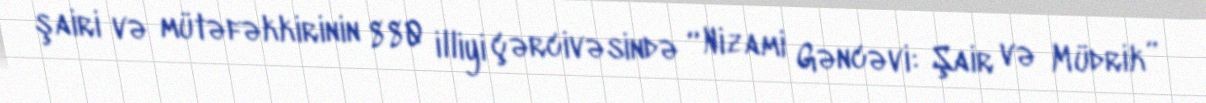
şairi və mütəfəkkirinin 880 illiyi çərcivəsində “Nizami Gəncəvi: Şair və Müdrik”